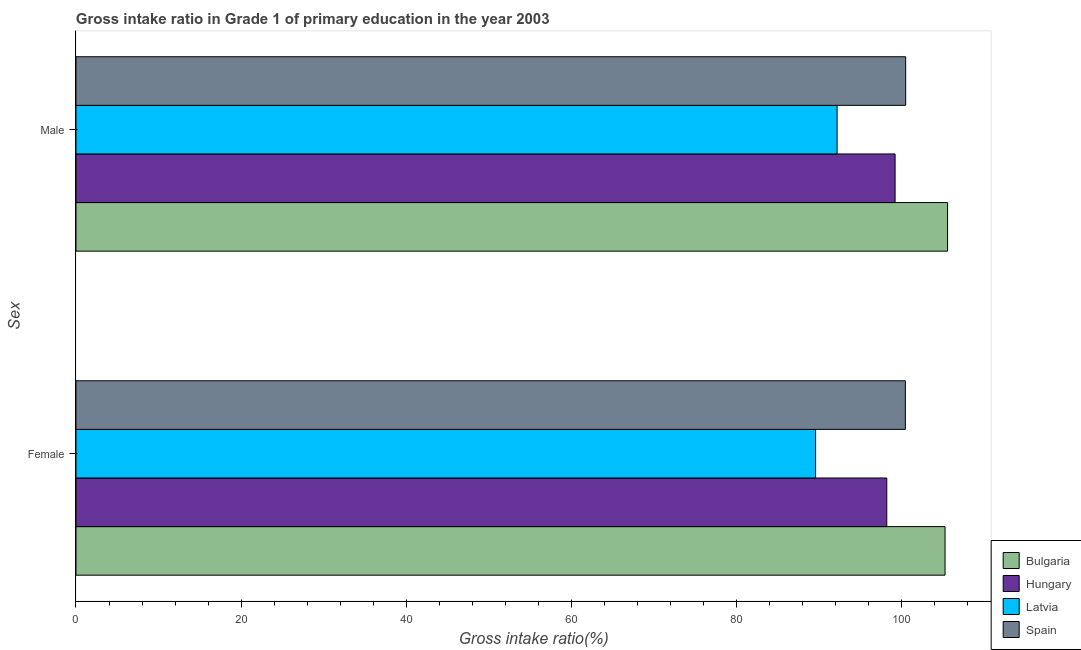
| Sex | Bulgaria | Hungary | Latvia | Spain |
 | --- | --- | --- | --- | --- |
 | Female | 105 | 98.2 | 89.6 | 100 |
 | Male | 106 | 99.2 | 92.2 | 100 |